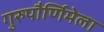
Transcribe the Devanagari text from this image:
गुरुपौर्णिमेला